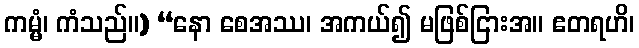
ကမ္မံ၊ ကံသည်။) “နော စေအဿ၊ အကယ်၍ မဖြစ်ငြားအ။ ဧတရဟိ၊